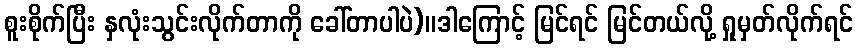
စူးစိုက်ပြီး နှလုံးသွင်းလိုက်တာကို ခေါ်တာပါပဲ)။ဒါကြောင့် မြင်ရင် မြင်တယ်လို့ ရှုမှတ်လိုက်ရင်